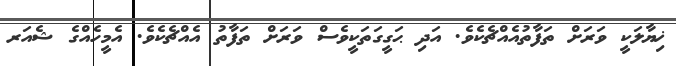
ޚިޔާލަކީ ވަރަށް ތަފާތުއެއްޗެކެވެ. އަދި ޙަގީގަތަކީވެސް ވަރަށް ތަފާތު އެއްޗެކެވެ. އެމީހެއްގެ ޝެއަރ